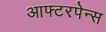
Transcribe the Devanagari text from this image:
आफ्टरपेन्स